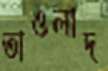
তাওলাদ